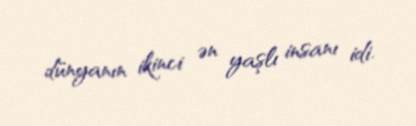
dünyanın ikinci ən yaşlı insanı idi.